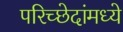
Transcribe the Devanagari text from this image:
परिच्छेदांमध्ये